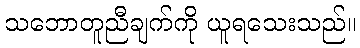
သဘောတူညီချက်ကို ယူရသေးသည်။